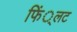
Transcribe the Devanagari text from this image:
फिं्लट